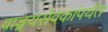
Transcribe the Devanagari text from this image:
वाङ्मयसेवकांपर्यंत